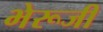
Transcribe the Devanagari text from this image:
भेरूजी